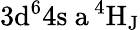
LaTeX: \mathrm{3d^{6}4s\ a\, ^{4}H_{J}}